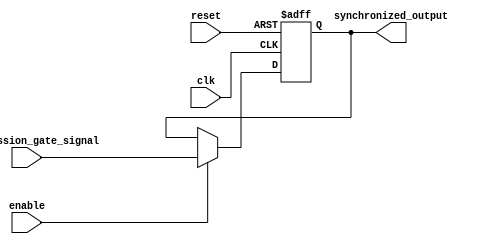
module timing_control_and_sync (
    input wire clk,
    input wire reset,
    input wire enable,
    input wire transmission_gate_signal,
    output wire synchronized_output
);

reg synchronized_output_reg;

always @ (posedge clk or posedge reset) begin
    if (reset) begin
        synchronized_output_reg <= 1'b0;
    end else if (enable) begin
        synchronized_output_reg <= transmission_gate_signal;
    end
end

assign synchronized_output = synchronized_output_reg;

endmodule